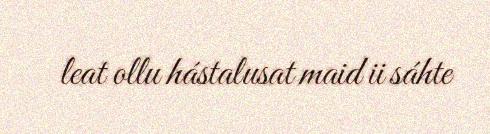
leat ollu hástalusat maid ii sáhte